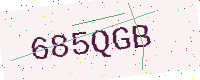
Text: 685QGB